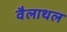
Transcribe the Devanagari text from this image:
वैलाथल